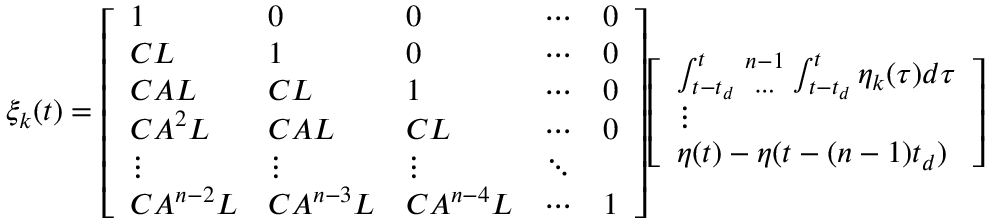
\xi _ { k } ( t ) = { \left[ \begin{array} { l l l l l } { 1 } & { 0 } & { 0 } & { \cdots } & { 0 } \\ { C L } & { 1 } & { 0 } & { \cdots } & { 0 } \\ { C A L } & { C L } & { 1 } & { \cdots } & { 0 } \\ { C A ^ { 2 } L } & { C A L } & { C L } & { \cdots } & { 0 } \\ { \vdots } & { \vdots } & { \vdots } & { \ddots } \\ { C A ^ { n - 2 } L } & { C A ^ { n - 3 } L } & { C A ^ { n - 4 } L } & { \cdots } & { 1 } \end{array} \right] } { \left[ \begin{array} { l } { \int _ { t - t _ { d } } ^ { t } { { n - 1 } \atop \cdots } \int _ { t - t _ { d } } ^ { t } \eta _ { k } ( \tau ) d \tau } \\ { \vdots } \\ { \eta ( t ) - \eta ( t - ( n - 1 ) t _ { d } ) } \end{array} \right] }